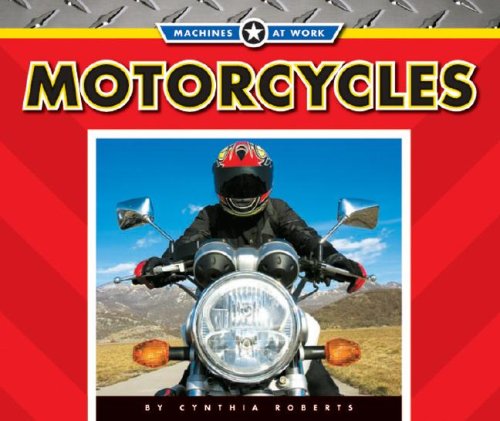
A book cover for Motorcycles (Machines at Work; Transportation Machines); Cynthia Roberts; Children's Books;